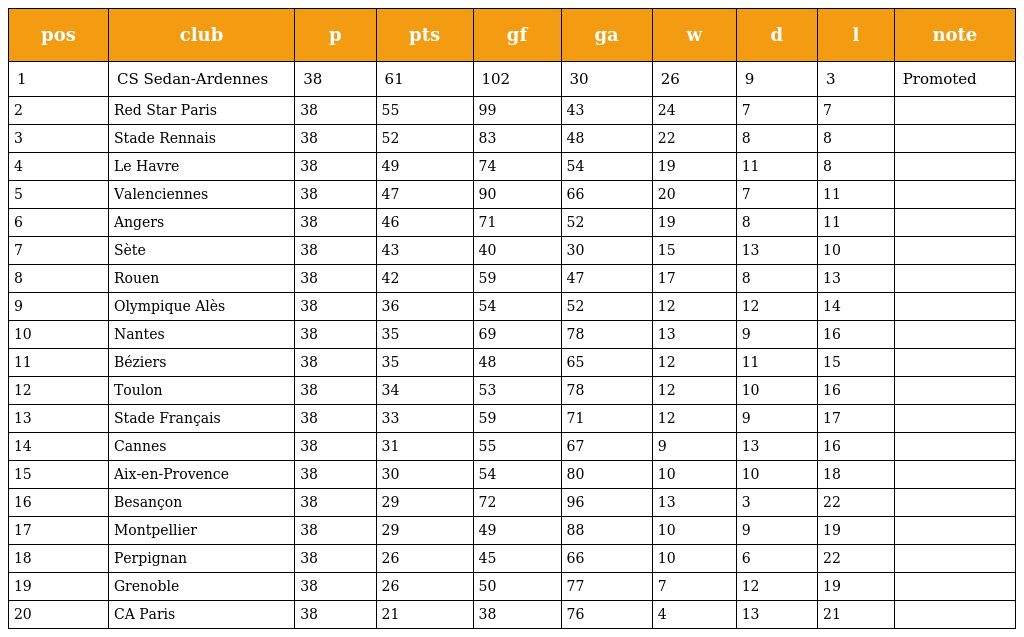
| pos | club | p | pts | gf | ga | w | d | l | note |
 | --- | --- | --- | --- | --- | --- | --- | --- | --- | --- |
 | 1 | CS Sedan-Ardennes | 38 | 61 | 102 | 30 | 26 | 9 | 3 | Promoted |
 | 2 | Red Star Paris | 38 | 55 | 99 | 43 | 24 | 7 | 7 |  |
 | 3 | Stade Rennais | 38 | 52 | 83 | 48 | 22 | 8 | 8 |  |
 | 4 | Le Havre | 38 | 49 | 74 | 54 | 19 | 11 | 8 |  |
 | 5 | Valenciennes | 38 | 47 | 90 | 66 | 20 | 7 | 11 |  |
 | 6 | Angers | 38 | 46 | 71 | 52 | 19 | 8 | 11 |  |
 | 7 | Sète | 38 | 43 | 40 | 30 | 15 | 13 | 10 |  |
 | 8 | Rouen | 38 | 42 | 59 | 47 | 17 | 8 | 13 |  |
 | 9 | Olympique Alès | 38 | 36 | 54 | 52 | 12 | 12 | 14 |  |
 | 10 | Nantes | 38 | 35 | 69 | 78 | 13 | 9 | 16 |  |
 | 11 | Béziers | 38 | 35 | 48 | 65 | 12 | 11 | 15 |  |
 | 12 | Toulon | 38 | 34 | 53 | 78 | 12 | 10 | 16 |  |
 | 13 | Stade Français | 38 | 33 | 59 | 71 | 12 | 9 | 17 |  |
 | 14 | Cannes | 38 | 31 | 55 | 67 | 9 | 13 | 16 |  |
 | 15 | Aix-en-Provence | 38 | 30 | 54 | 80 | 10 | 10 | 18 |  |
 | 16 | Besançon | 38 | 29 | 72 | 96 | 13 | 3 | 22 |  |
 | 17 | Montpellier | 38 | 29 | 49 | 88 | 10 | 9 | 19 |  |
 | 18 | Perpignan | 38 | 26 | 45 | 66 | 10 | 6 | 22 |  |
 | 19 | Grenoble | 38 | 26 | 50 | 77 | 7 | 12 | 19 |  |
 | 20 | CA Paris | 38 | 21 | 38 | 76 | 4 | 13 | 21 |  |